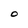
Character: 0